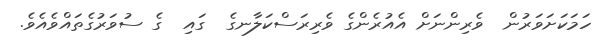
ހަމަކަށަވަރުން  ވެރިންނަށް އެއުރެންގެ ވެރިރަސްކަލާނގެ  ގައި  ގެ ސުވަރުގެތައްވެއެވެ.